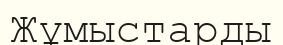
Жұмыстарды